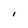
Character: l